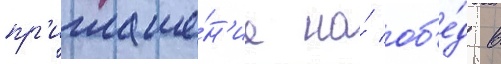
пр'иглаше́н'ие на́ об'е́д в